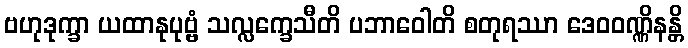
ဗဟုဒုက္ခာ ယထာနုပုဗ္ဗံ သလ္လက္ခေသီတိ ပဘာဝေါတိ စတုရဿာ ဒေဝဝဏ္ဏိနန္တိ